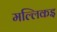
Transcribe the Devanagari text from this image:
मल्लिकइ